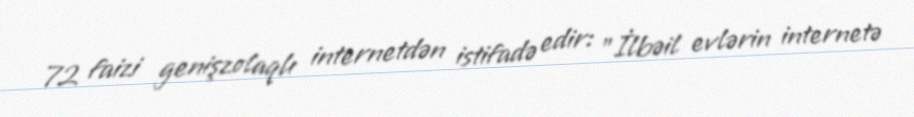
72 faizi genişzolaqlı internetdən istifadə edir: "İlbəil evlərin internetə